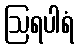
ဩရပါရံ